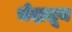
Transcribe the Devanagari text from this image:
भेदातून